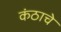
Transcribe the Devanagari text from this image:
कंठाचे